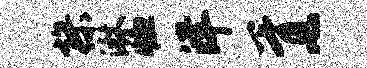
操淋恤洋胥~